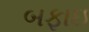
બફાઇ